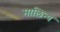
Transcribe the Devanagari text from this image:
मालिन्य